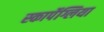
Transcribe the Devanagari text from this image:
स्कार्पेग्लिया